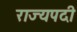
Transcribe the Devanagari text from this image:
राज्यपदी